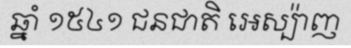
ឆ្នាំ ១៥៤១ ជនជាតិ អេស្ប៉ាញ